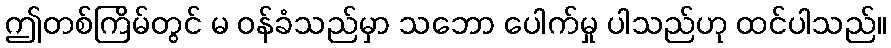
ဤတစ်ကြိမ်တွင် မ ဝန်ခံသည်မှာ သဘော ပေါက်မှု ပါသည်ဟု ထင်ပါသည်။